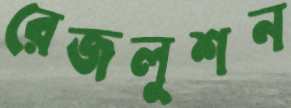
রেজলুশন